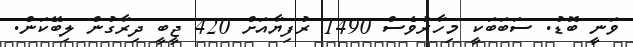
ވަނީ ބޮޑު. ސަބަބަކީ މިހާރުވެސް 1490 ރުފިޔާއަށް 420 ޖީބީ ދިރާގުން ލިބޭކަން.